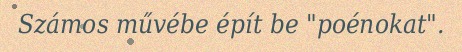
Számos művébe épít be "poénokat".